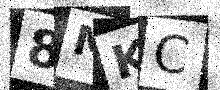
Text: 8MKC